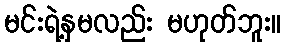
မင်းရဲ့နှမလည်း မဟုတ်ဘူး။